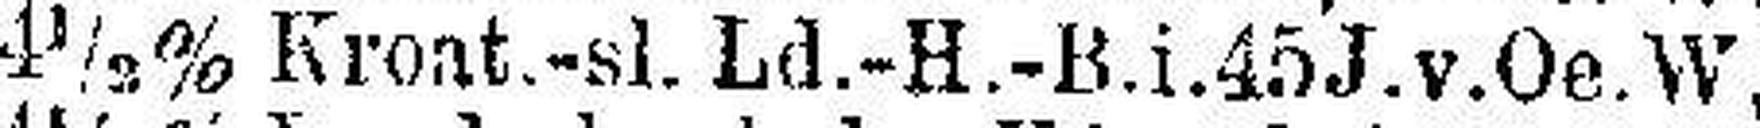
4½% Kroat.-sl. Ld.-H.-B.i.45 J.v.Oe.W.